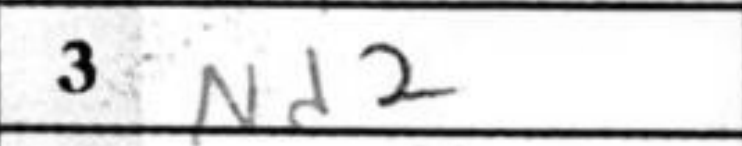
Transcription: Nd2